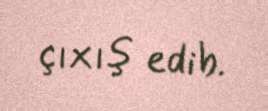
çıxış edib.